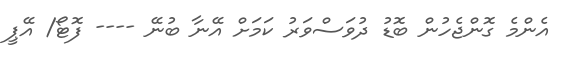
އެންމެ ގޮންޖެހުން ބޮޑު ދުވަސްވަރު ކަމަށް އޭނާ ބުނޭ ---- ފޮޓޯ/ އޭޕީ